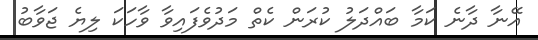
އޭނާ ދާނެ ކަމާ ބައްދަލު ކުރަން ކެތް މަދުވެފައިވާ ވާހަކަ ލިޔެ ޖަވާބު